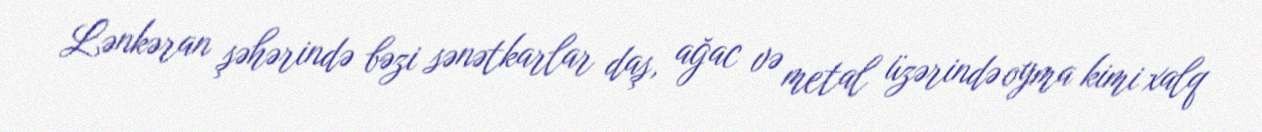
Lənkəran şəhərində bəzi sənətkarlar daş, ağac və metal üzərində oyma kimi xalq